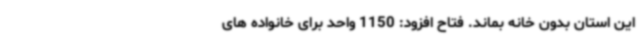
این استان بدون خانه بماند. فتاح افزود: 1150 واحد برای خانواده های